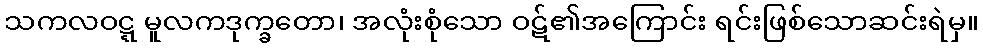
သကလဝဋ္ဋ မူလကဒုက္ခတော၊ အလုံးစုံသော ဝဋ်၏အကြောင်း ရင်းဖြစ်သောဆင်းရဲမှ။